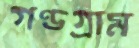
গণ্ডগ্রাম